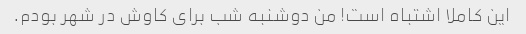
این کاملا اشتباه است! من دوشنبه شب برای کاوش در شهر بودم.